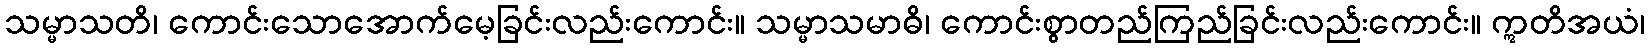
သမ္မာသတိ၊ ကောင်းသောအောက်မေ့ခြင်းလည်းကောင်း။ သမ္မာသမာဓိ၊ ကောင်းစွာတည်ကြည်ခြင်းလည်းကောင်း။ ဣတိအယံ၊